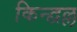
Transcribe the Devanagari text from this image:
किन्द्वल्ल